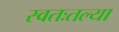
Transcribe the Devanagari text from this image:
स्वतःतल्या